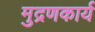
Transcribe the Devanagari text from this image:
मुद्रणकार्य